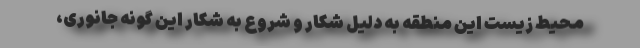
محیط زیست این منطقه به دلیل شکار و شروع به شکار این گونه جانوری،